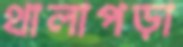
থালাপড়া